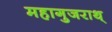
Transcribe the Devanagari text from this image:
महागुजराथ्